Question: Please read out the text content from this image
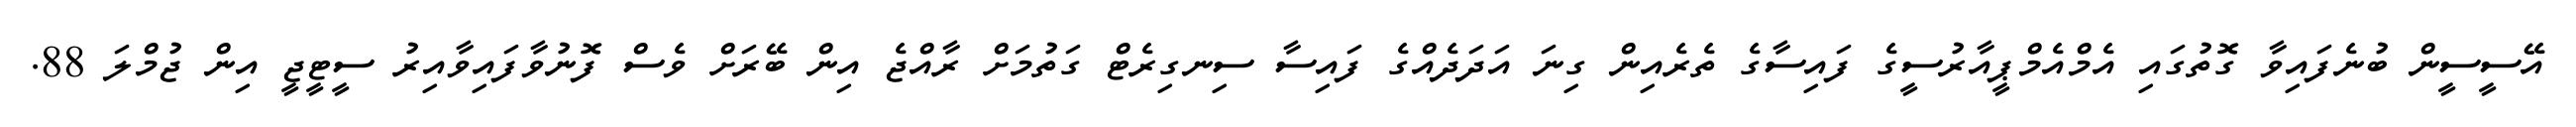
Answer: އޭސީސީން ބުނެފައިވާ ގޮތުގައި އެމްއެމްޕީއާރުސީގެ ފައިސާގެ ތެރެއިން ގިނަ އަދަދެއްގެ ފައިސާ ސިނގިރެޓް ގަތުމަށް ރާއްޖެ އިން ބޭރަށް ވެސް ފޮނުވާފައިވާއިރު ސީޓީޖީ އިން ޖުމްލަ 88.